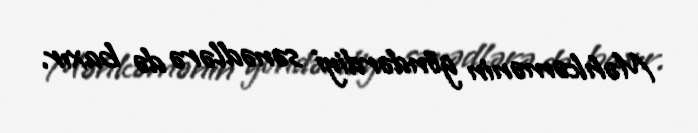
Məhkəmənin göndərdiyi sənədlərə də baxır.